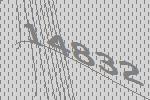
14832